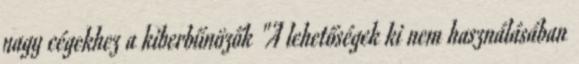
nagy cégekhez a kiberbűnözők "A lehetőségek ki nem használásában